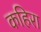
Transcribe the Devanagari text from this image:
कहिरा